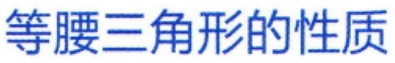
等腰三角形的性质